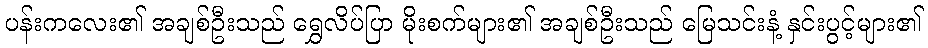
ပန်းကလေး၏ အချစ်ဦးသည် ရွှေလိပ်ပြာ မိုးစက်များ၏ အချစ်ဦးသည် မြေသင်းနံ့ နှင်းပွင့်များ၏